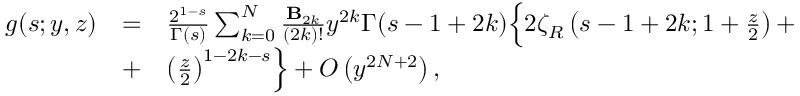
\begin{array} { r c l } { { g ( s ; y , z ) } } & { { = } } & { { \frac { 2 ^ { 1 - s } } { \Gamma ( s ) } \sum _ { k = 0 } ^ { N } \frac { { \bf B } _ { 2 k } } { ( 2 k ) ! } y ^ { 2 k } \Gamma ( s - 1 + 2 k ) \Bigl \{ 2 \zeta _ { R } \left( s - 1 + 2 k ; 1 + \frac { z } { 2 } \right) + } } \\ { { } } & { { + } } & { { \left( \frac { z } { 2 } \right) ^ { 1 - 2 k - s } \Bigr \} + O \left( y ^ { 2 N + 2 } \right) , } } \end{array}